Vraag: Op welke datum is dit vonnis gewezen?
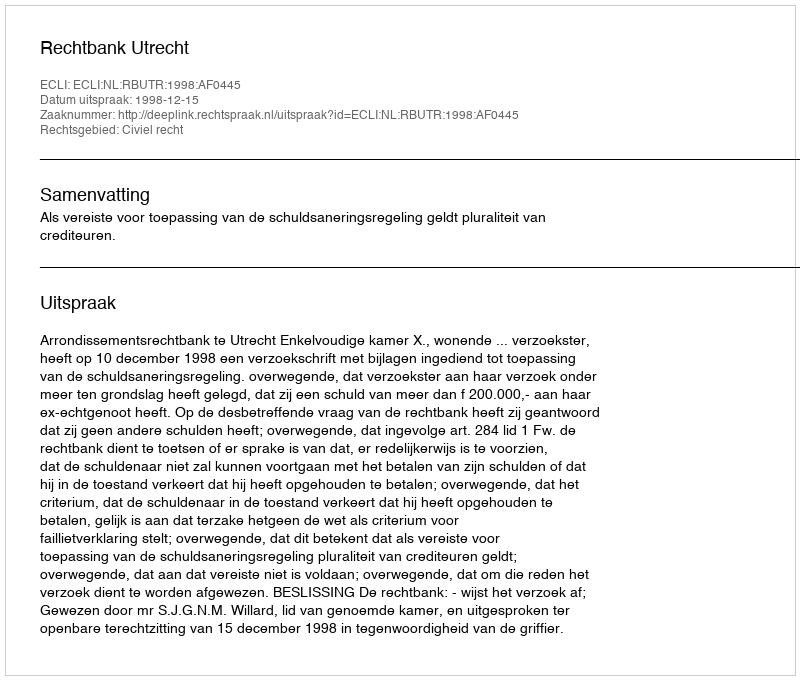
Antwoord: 1998-12-15